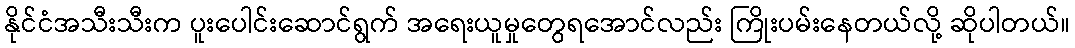
နိုင်ငံအသီးသီးက ပူးပေါင်းဆောင်ရွက် အရေးယူမှုတွေရအောင်လည်း ကြိုးပမ်းနေတယ်လို့ ဆိုပါတယ်။